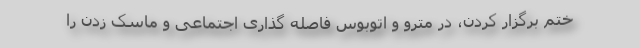
ختم برگزار کردن، در مترو و اتوبوس فاصله گذاری اجتماعی و ماسک زدن را